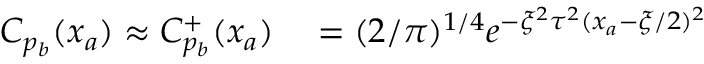
\begin{array} { r l } { C _ { p _ { b } } ( x _ { a } ) \approx C _ { p _ { b } } ^ { + } ( x _ { a } ) } & { { } = ( 2 / \pi ) ^ { 1 / 4 } e ^ { - \xi ^ { 2 } \tau ^ { 2 } ( x _ { a } - \xi / 2 ) ^ { 2 } } } \end{array}